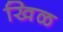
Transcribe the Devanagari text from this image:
खिळ